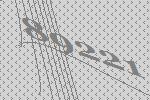
89221